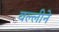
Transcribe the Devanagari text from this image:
वल्लीने